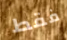
فقط